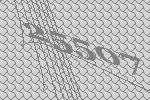
25507